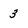
Character: 3